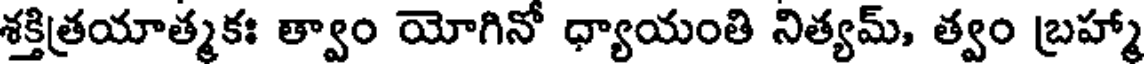
శక్తిత్రయాత్మకః త్వాం యోగినో ధ్యాయంతి నిత్యమ్, త్వం బ్రహ్మా